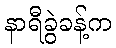
နာရီခွဲခန့်က